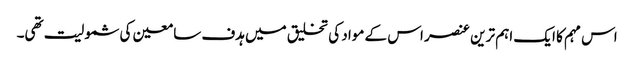
اس مہم کا ایک اہم ترین عنصر اس کے مواد کی تخلیق میں ہدف سامعین کی شمولیت تھی۔